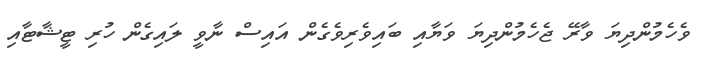
ވެހެމުންދިޔަ ވާރޭ ޖެހެމުންދިޔަ ވަޔާއި ބައިވެރިވެގެން އައިސް ނާވީ ލައިގެން ހުރި ޓީޝާޓާއި